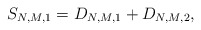
\begin{align*}S_{N,M,1}=D_{N,M,1}+D_{N,M,2},\end{align*}